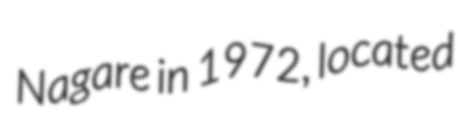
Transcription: Nagare in 1972, located